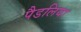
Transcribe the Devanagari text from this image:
पैडलिया